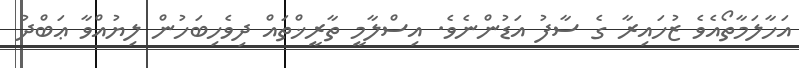
އަހާލަމާތޯއެވެ ޒުހައިރާ ގެ ސާފު އަޑުންނެވެ. އިސްލާމީ ތާރީޚްތައް ދިވެހިބަހުން ލިޔުއްވާ ޢަބްދު